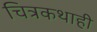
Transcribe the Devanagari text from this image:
चित्रकथाही